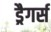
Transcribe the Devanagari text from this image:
ड्रैगर्स